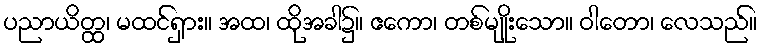
ပညာယိတ္ထ၊ မထင်ရှား။ အထ၊ ထိုအခါ၌။ ဧကော၊ တစ်မျိုးသော။ ဝါတော၊ လေသည်။